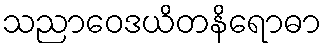
သညာဝေဒယိတနိရောဓာ